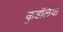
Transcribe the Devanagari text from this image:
कुडंलियों